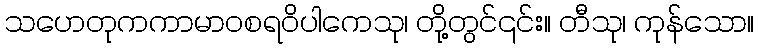
သဟေတုကကာမာဝစရဝိပါကေသု၊ တို့တွင်၎င်း။ တီသု၊ ကုန်သော။